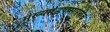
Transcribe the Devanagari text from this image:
मुख्यमंडपासारखेच